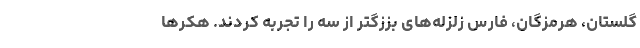
گلستان، هرمزگان، فارس زلزله‌های بززگتر از سه را تجربه کردند. هکرها